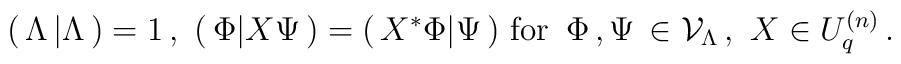
(\,\Lambda \,\vert\Lambda\,)=1\,,\,\,(\,\Phi \vert X\Psi\,)=(\,X^*\Phi\vert \Psi \,)\,\,{\rm for}\,\,\, \Phi\,,\Psi\,\in {\cal V}_\Lambda\,, \,\,X\in U_q^{(n)}\,.